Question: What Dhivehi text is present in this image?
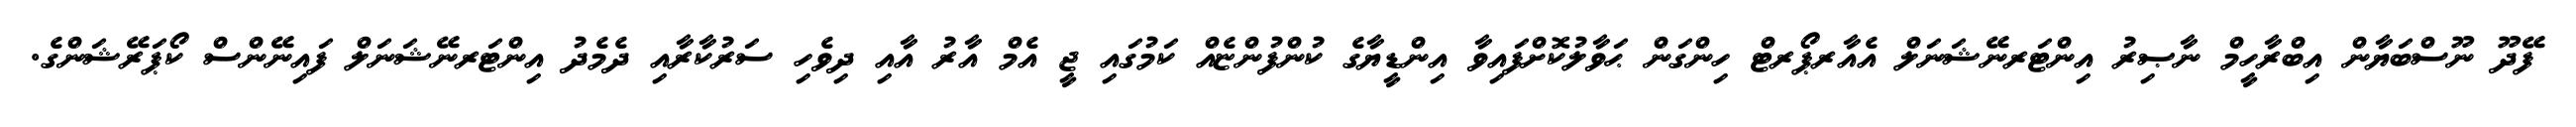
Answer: ފޭދޫ ނޫސްބަޔާން އިބްރާހީމް ނާޞިރު އިންޓަރނޭޝަނަލް އެއާރޕޯރޓް ހިންގަން ޙަވާލުކޮށްފައިވާ އިންޑީޔާގެ ކުންފުންޏެއް ކަމުގައި ޖީ އެމް އާރު އާއި ދިވެހި ސަރުކާރާއި ދެމެދު އިންޓަރނޭޝަނަލް ފައިނޭންސް ކޯޕަރޭޝަންގެ.